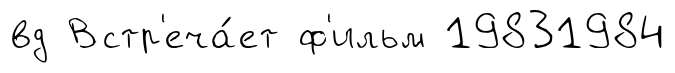
вд Встр'еча́ет ф'ильм 19831984